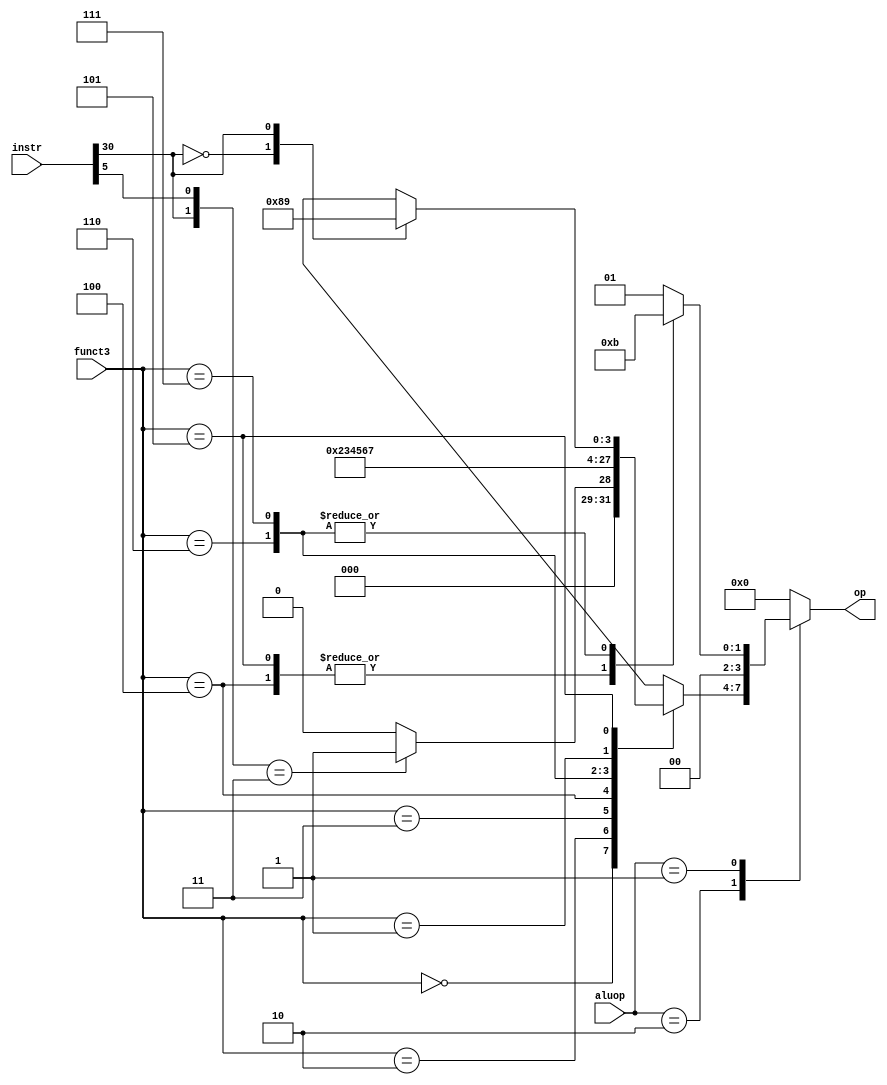
module alucontrol(
    input [1:0] aluop, // control signal for differentiating load-store and ALU type instr.
    input [31:0] instr,
    input [2:0] funct3,
    output reg [3:0] op
    );

    always @(*)
    begin
        case (aluop)
            2'b10: //ALU I-R type instr.
                case(funct3)
                    3'b000: 
                            case({instr[30],instr[5]})
                                2'b01: op = 0;
                                2'b11: op = 1;	
                                default: op=0;
                            endcase
                    3'b010: op = 2;
                    3'b011: op = 3;
                    3'b100: op = 4;
                    3'b110: op = 5;
                    3'b111: op = 6;
                    3'b001: op = 7;
                    3'b101: 
                        case(instr[30])
                            1'b0: op = 8;
                            1'b1: op = 9;		
                        endcase
                endcase
            2'b00: op=0; // For load-store instr. & JALR just add offset(immgen) to the base address (rs1)
            2'b01: // branch
		        case(funct3)
		            3'b000: op=1;
		            3'b001: op=1;
		            3'b100: op=2;
		            3'b101: op=2;
		            3'b110: op=3;
		            3'b111: op=3;
                    default: op=1;
		        endcase
            default: op=0;
        endcase
    end
endmodule